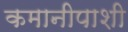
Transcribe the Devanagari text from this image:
कमानीपाशी